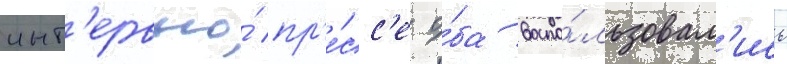
инт'ервью́ пр'е́сс'е о́ба воспо́льзовал'ись